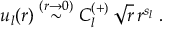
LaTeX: u _ { l } ( r ) \stackrel { ( r \rightarrow 0 ) } { \sim } C _ { l } ^ { ( + ) } \, \sqrt { r } \, r ^ { s _ { l } } \; .